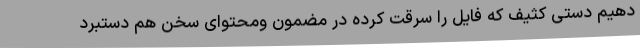
دهیم دستی کثیف که فایل را سرقت کرده در مضمون ومحتوای سخن هم دستبرد